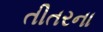
તીતરના